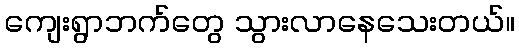
ကျေးရွာဘက်တွေ သွားလာနေသေးတယ်။